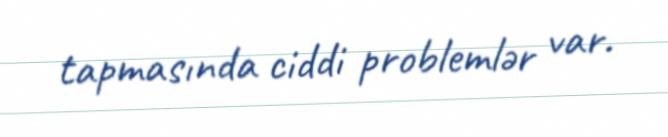
tapmasında ciddi problemlər var.